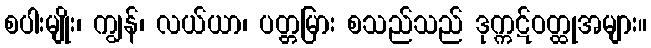
စပါးမျိုး၊ ကျွန်၊ လယ်ယာ၊ ပတ္တမြား စသည်သည် ဒုက္ကဋ်ဝတ္ထုအများ။